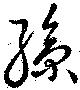
孫